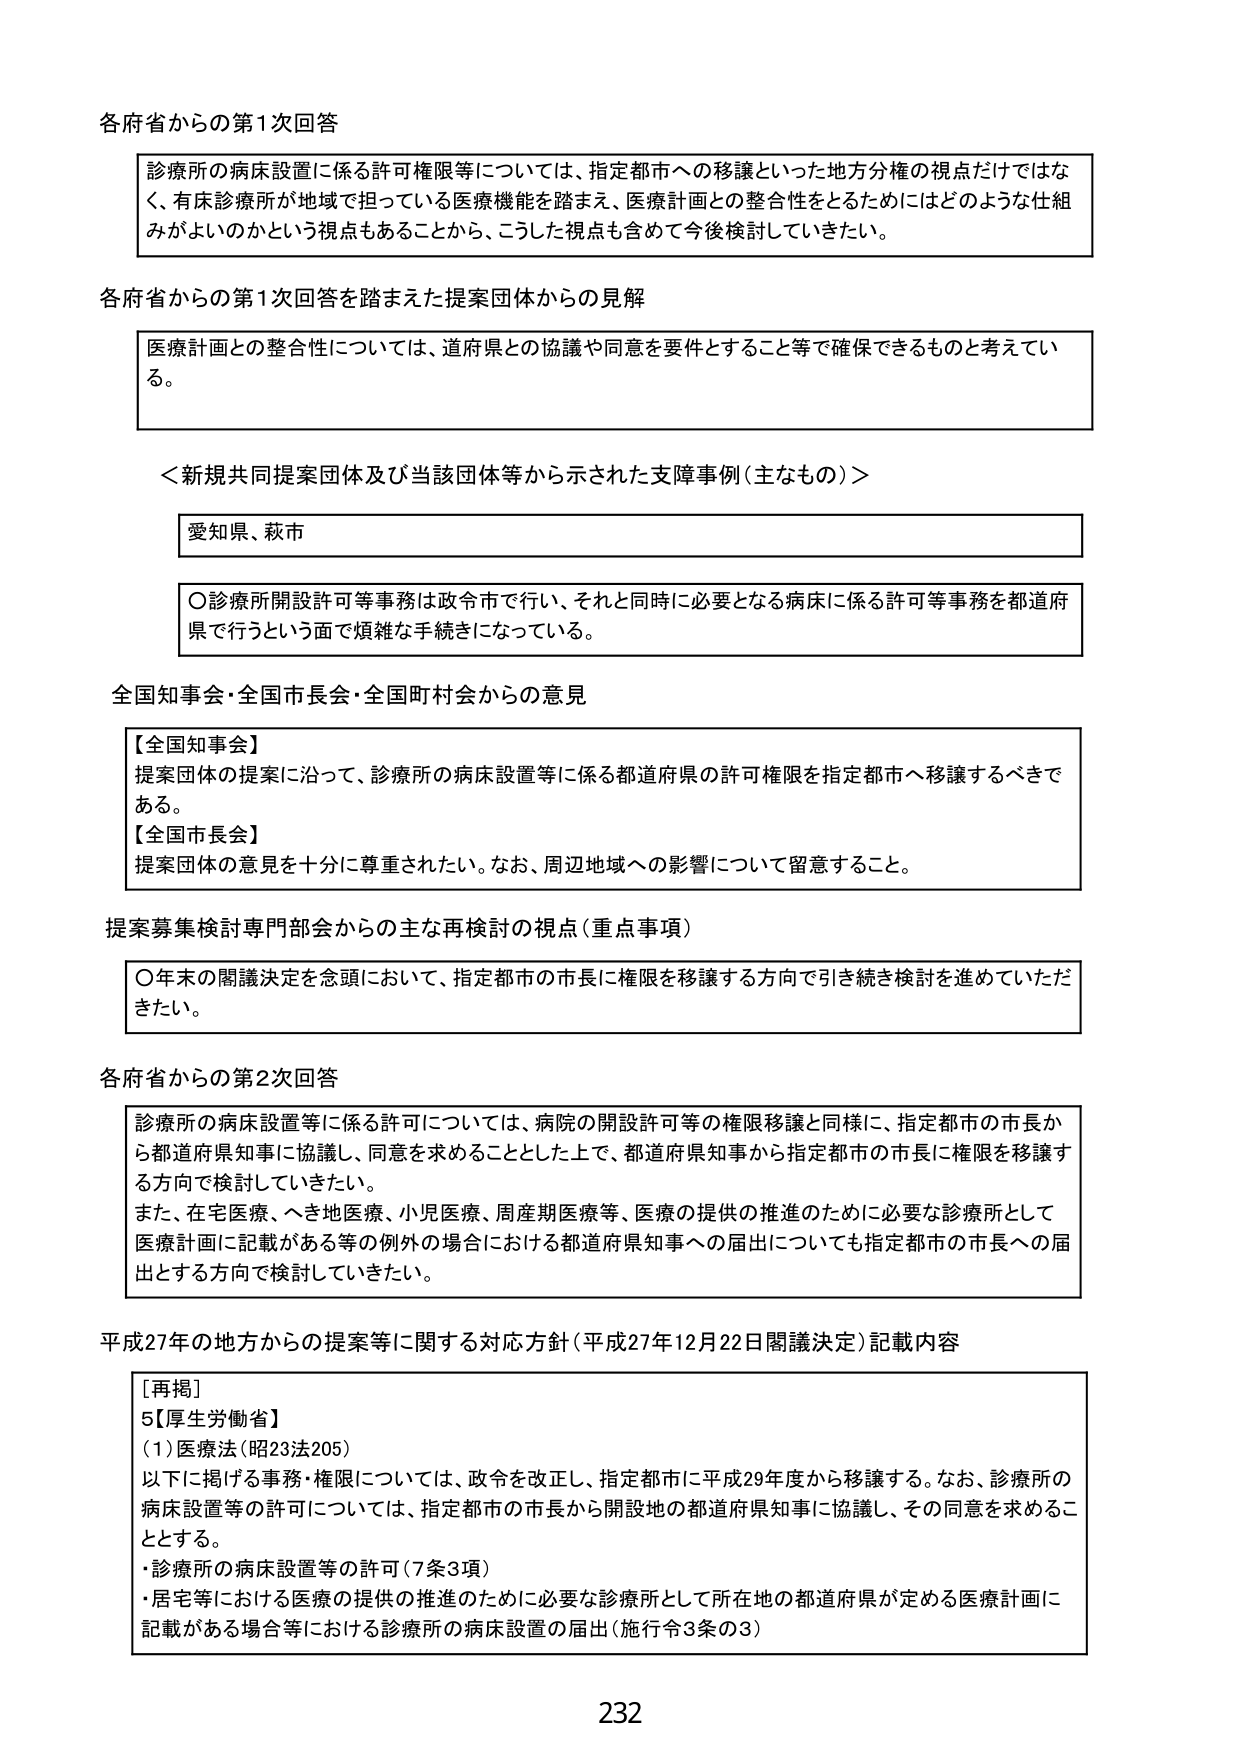
各府省からの第1次回答

診療所の病床設置に係る許可権限等については、指定都市への移譲といった地方分権の視点だけではなく、有床診療所が地域で担っている医療機能を踏まえ、医療計画との整合性をとるためにはどのような仕組みがよいのかという視点もあることから、こうした視点も含めて今後検討していきたい。

各府省からの第1次回答を踏まえた提案団体からの見解

医療計画との整合性については、道府県との協議や同意を要件とすること等で確保できるものと考えている。

＜新規共同提案団体及び当該団体等から示された支障事例（主なもの）＞

愛知県、萩市

〇診療所開設許可等事務は政令市で行い、それと同時に必要となる病床に係る許可等事務を都道府県で行うという面で煩雑な手続きになっている。

全国知事会・全国市長会・全国町村会からの意見

【全国知事会】
提案団体の提案に沿って、診療所の病床設置等に係る都道府県の許可権限を指定都市へ移譲するべきである。
【全国市長会】
提案団体の意見を十分に尊重されたい。なお、周辺地域への影響について留意すること。

提案募集検討専門部会からの主な再検討の視点（重点事項）

〇年末の閣議決定を念頭において、指定都市の市長に権限を移譲する方向で引き続き検討を進めていただきたい。

各府省からの第2次回答

診療所の病床設置等に係る許可については、病院の開設許可等の権限移譲と同様に、指定都市の市長から都道府県知事に協議し、同意を求めることとした上で、都道府県知事から指定都市の市長に権限を移譲する方向で検討していきたい。
また、在宅医療、へき地医療、小児医療、周産期医療等、医療の提供の推進のために必要な診療所として医療計画に記載がある等の例外の場合における都道府県知事への届出についても指定都市の市長への届出とする方向で検討していきたい。

平成27年の地方からの提案等に関する対応方針（平成27年12月22日閣議決定）記載内容

［再掲］
5【厚生労働省】
（1）医療法（昭23法205）
以下に掲げる事務・権限については、政令を改正し、指定都市に平成29年度から移譲する。なお、診療所の病床設置等の許可については、指定都市の市長から開設地の都道府県知事に協議し、その同意を求めることとする。
・診療所の病床設置等の許可（7条3項）
・居宅等における医療の提供の推進のために必要な診療所として所在地の都道府県が定める医療計画に記載がある場合等における診療所の病床設置の届出（施行令3条の3）

232